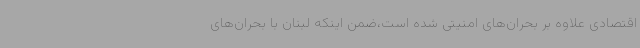
اقتصادی علاوه بر بحران‌های امنیتی شده است،ضمن اینکه لبنان با بحران‌های